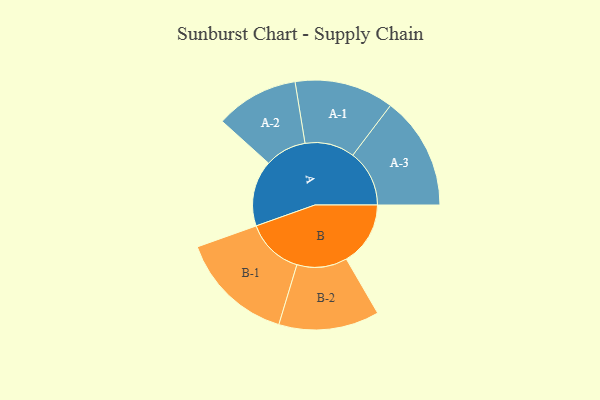
{"axis": {"x": "Segment", "y": "Value"}, "legend": ["", "A", "B"], "data": [{"x": "A", "y": 324, "type": ""}, {"x": "B", "y": 315, "type": ""}, {"x": "A-1", "y": 244, "type": "A"}, {"x": "A-2", "y": 204, "type": "A"}, {"x": "A-3", "y": 278, "type": "A"}, {"x": "B-1", "y": 282, "type": "B"}, {"x": "B-2", "y": 247, "type": "B"}]}